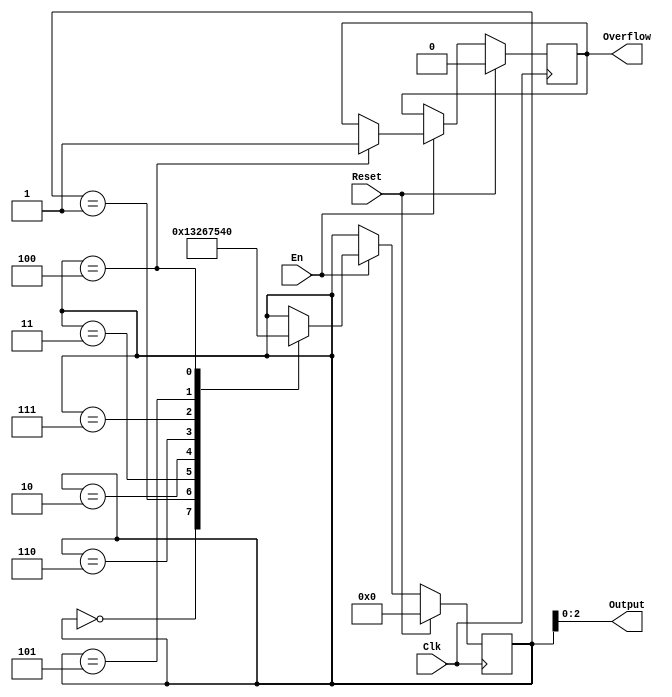
module gray(
    input Clk,
    input Reset,
    input En,
    output [2:0] Output,
    output Overflow
    );

    reg [3:0] state;
    reg flow;


    initial begin
        state <= 4'b0000;
        flow <= 0;
    end

    always @(posedge Clk) begin
        if(Reset)   begin
            state <= 3'b000;
            flow  <= 0;
        end

        else if(En)        begin
            case (state)
                3'b000:     state <= 3'b0001;
                3'b001:     state <= 3'b0011;
                3'b011:     state <= 3'b0010;
                3'b010:     state <= 3'b0110;
                3'b110:     state <= 3'b0111;
                3'b111:     state <= 3'b0101;
                3'b101:     state <= 3'b0100;
                3'b100:	begin     
						state <= 3'b1000;   flow <= 1;
					 end
                default:    state <= state;
            endcase
        end
    end

    assign Output = state;
    assign Overflow = flow;

endmodule